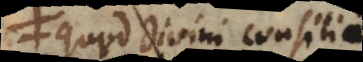
quod divini consilii